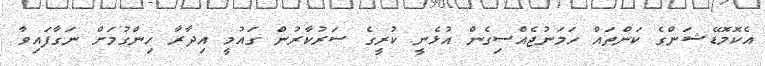
އެކޮމޮޑޭޝަންގެ ކަންތައް ހަމަނުޖެއްސިގެން އުޅެނީ ކުރީގެ ސަރުކާރުން ގައުމީ އިދާރާ ހިންގުމަށް ނަގާފައިވާ